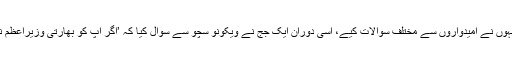
مس کوہیما مقابلے میں ججز کی جانب سے سوال و جواب راؤنڈ کیا گیا جس میں اُنہوں نے اُمیدواروں سے مختلف سوالات کیے، اِسی دوران ایک جج نے ویکونو سچو سے سوال کیا کہ ’اگر آپ کو بھارتی وزیراعظم نریندر مودی سے بات کرنے کے لیے دعوت دی گئی تو آپ اُن سے کیا کہیں گی؟